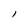
Character: l